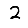
Digit: 2